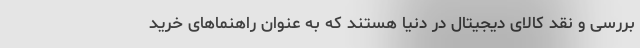
بررسی و نقد کالای دیجیتال در دنیا هستند که به عنوان راهنماهای خرید